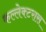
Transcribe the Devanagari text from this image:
कल्लेक्टरास